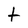
Character: t